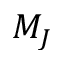
M _ { J }